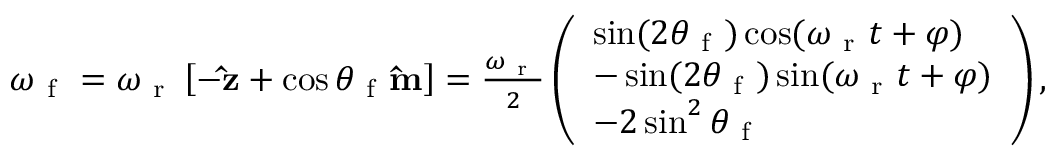
\begin{array} { r } { \boldsymbol { \omega } _ { \mathrm { ~ f ~ } } = \omega _ { \mathrm { ~ r ~ } } \left[ - \mathbf { \hat { z } } + \cos \theta _ { \mathrm { ~ f ~ } } \mathbf { \hat { m } } \right] = \frac { \omega _ { \mathrm { ~ r ~ } } } { 2 } \left( \begin{array} { l } { \sin ( 2 \theta _ { \mathrm { ~ f ~ } } ) \cos ( \omega _ { \mathrm { ~ r ~ } } t + \varphi ) } \\ { - \sin ( 2 \theta _ { \mathrm { ~ f ~ } } ) \sin ( \omega _ { \mathrm { ~ r ~ } } t + \varphi ) } \\ { - 2 \sin ^ { 2 } \theta _ { \mathrm { ~ f ~ } } } \end{array} \right) , } \end{array}